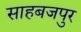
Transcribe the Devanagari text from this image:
साहबजपुर